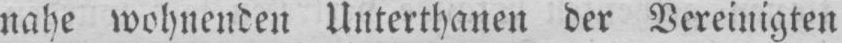
nahe wohnenden Unterthanen der Vereinigten